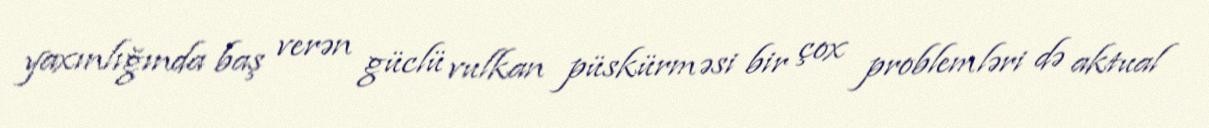
yaxınlığında baş verən güclü vulkan püskürməsi bir çox problemləri də aktual